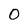
Character: O